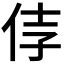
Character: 𰁵